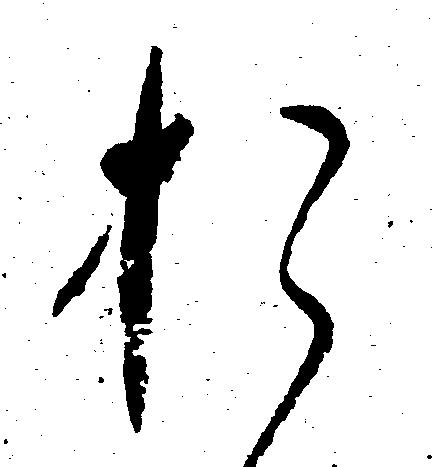
お